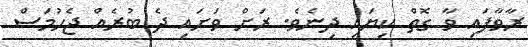
ރާވާފައި ވާ ގޮތް ކިޔައި ދިނެވެ. ރަށް ވަށައި ދެ ބުރެއް ޖެހުމަސް